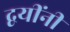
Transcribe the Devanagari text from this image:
द्वयींनी